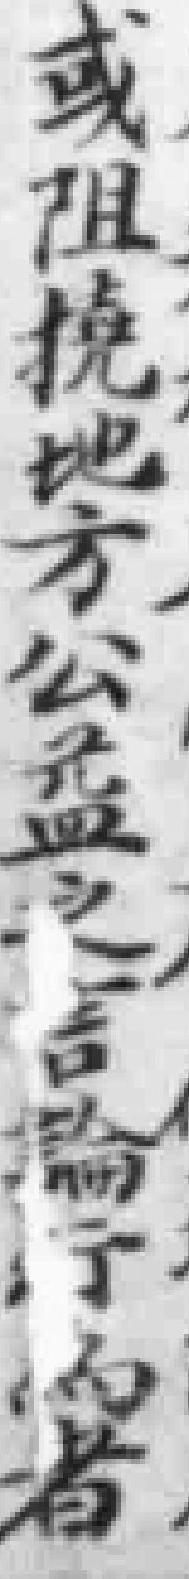
或阻撓地方公益之言論行為者